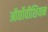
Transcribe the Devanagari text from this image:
ऑर्छोवीशियन